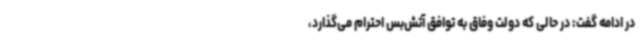
در ادامه گفت: در حالی که دولت وفاق به توافق آتش‌بس احترام می‌گذارد،